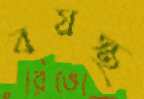
বয়স্থ